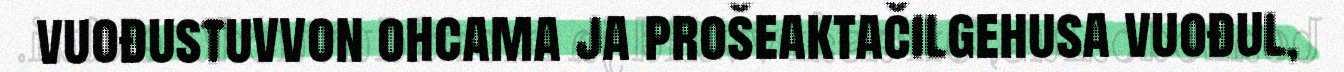
vuođustuvvon ohcama ja prošeaktačilgehusa vuođul,